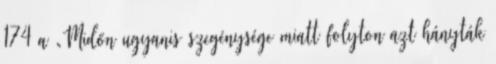
174 a „Midőn ugyanis szegénysége miatt folyton azt hányták